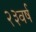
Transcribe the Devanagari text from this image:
२३वर्ष